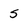
Character: s